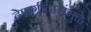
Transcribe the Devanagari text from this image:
देणगीदारांमुळे